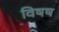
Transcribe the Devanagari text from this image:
विषष